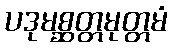
ပဒုမစ္ဆတ္တမုတ္တမံ